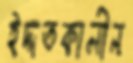
ইদ্দতকালীন